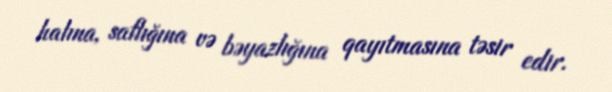
halına, saflığına və bəyazlığına qayıtmasına təsir edir.